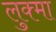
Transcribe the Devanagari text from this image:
लुक्मा